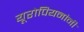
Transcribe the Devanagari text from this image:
यूरोपियनांनी